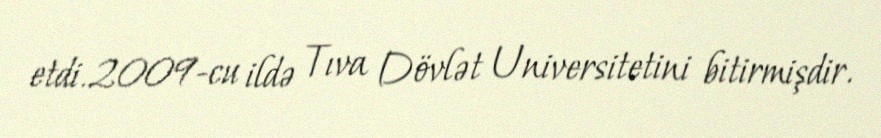
etdi.2009-cu ildə Tıva Dövlət Universitetini bitirmişdir.